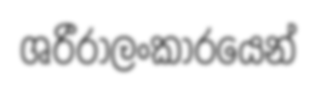
ශරීරාලංකාරයෙන්